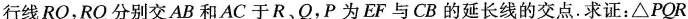
行线RQ，RQ分别交AB和AC于R、Q，P为EF与CB的延长线的交点.求证：△PQR